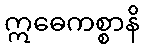
ဣဓေကစ္စာနိ